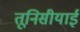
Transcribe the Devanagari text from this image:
तूनिसीयाई